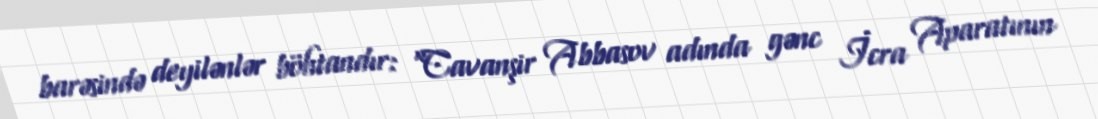
barəsində deyilənlər böhtandır: “Cavanşir Abbasov adında gənc İcra Aparatının